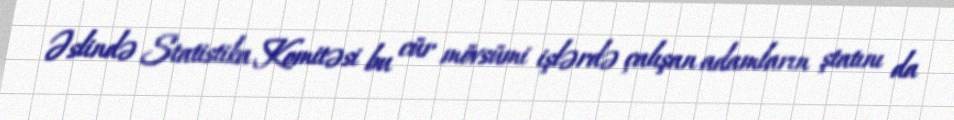
Əslində Statistika Komitəsi bu cür mövsümi işlərdə çalışan adamların ştatını da